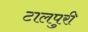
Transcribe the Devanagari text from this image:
टालपुरी